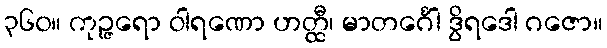
၃၆၀။ ကုဉ္ဇရော ဝါရဏော ဟတ္ထီ၊ မာတင်္ဂေါ ဒွိရဒေါ ဂဇော။